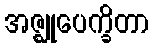
အဇ္ဈုပေက္ခိတာ